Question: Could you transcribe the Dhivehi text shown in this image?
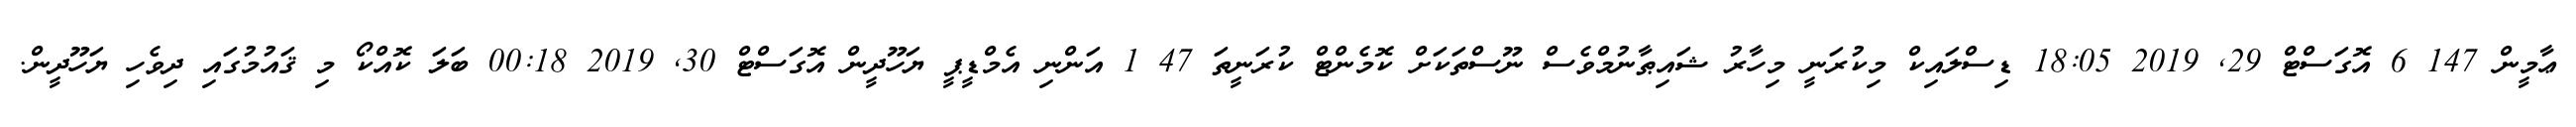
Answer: ޢާމީން 147 6 އޮގަސްޓް 29, 2019 18:05 ޑިސްލައިކް މިކުރަނީ މިހާރު ޝައިޠާނުމްވެސް ނޫސްތަކަށް ކޮމެންޓް ކުރަނީތަ 47 1 އަންނި އެމްޑީޕީ ޔަހޫދީން އޮގަސްޓް 30, 2019 00:18 ބަލަ ކޮއްކޯ މި ޤައުމުގައި ދިވެހި ޔަހޫދީން.